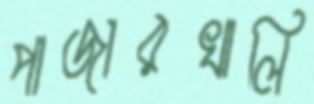
পাজারখালি